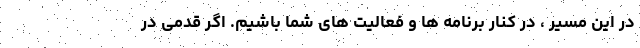
در این مسیر ، در کنار برنامه ها و فعالیت های شما باشیم. اگر قدمی در